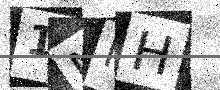
Text: 1NMH